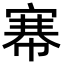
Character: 𢄏